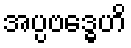
အပ္ပဗဒ္ဓေဟိ